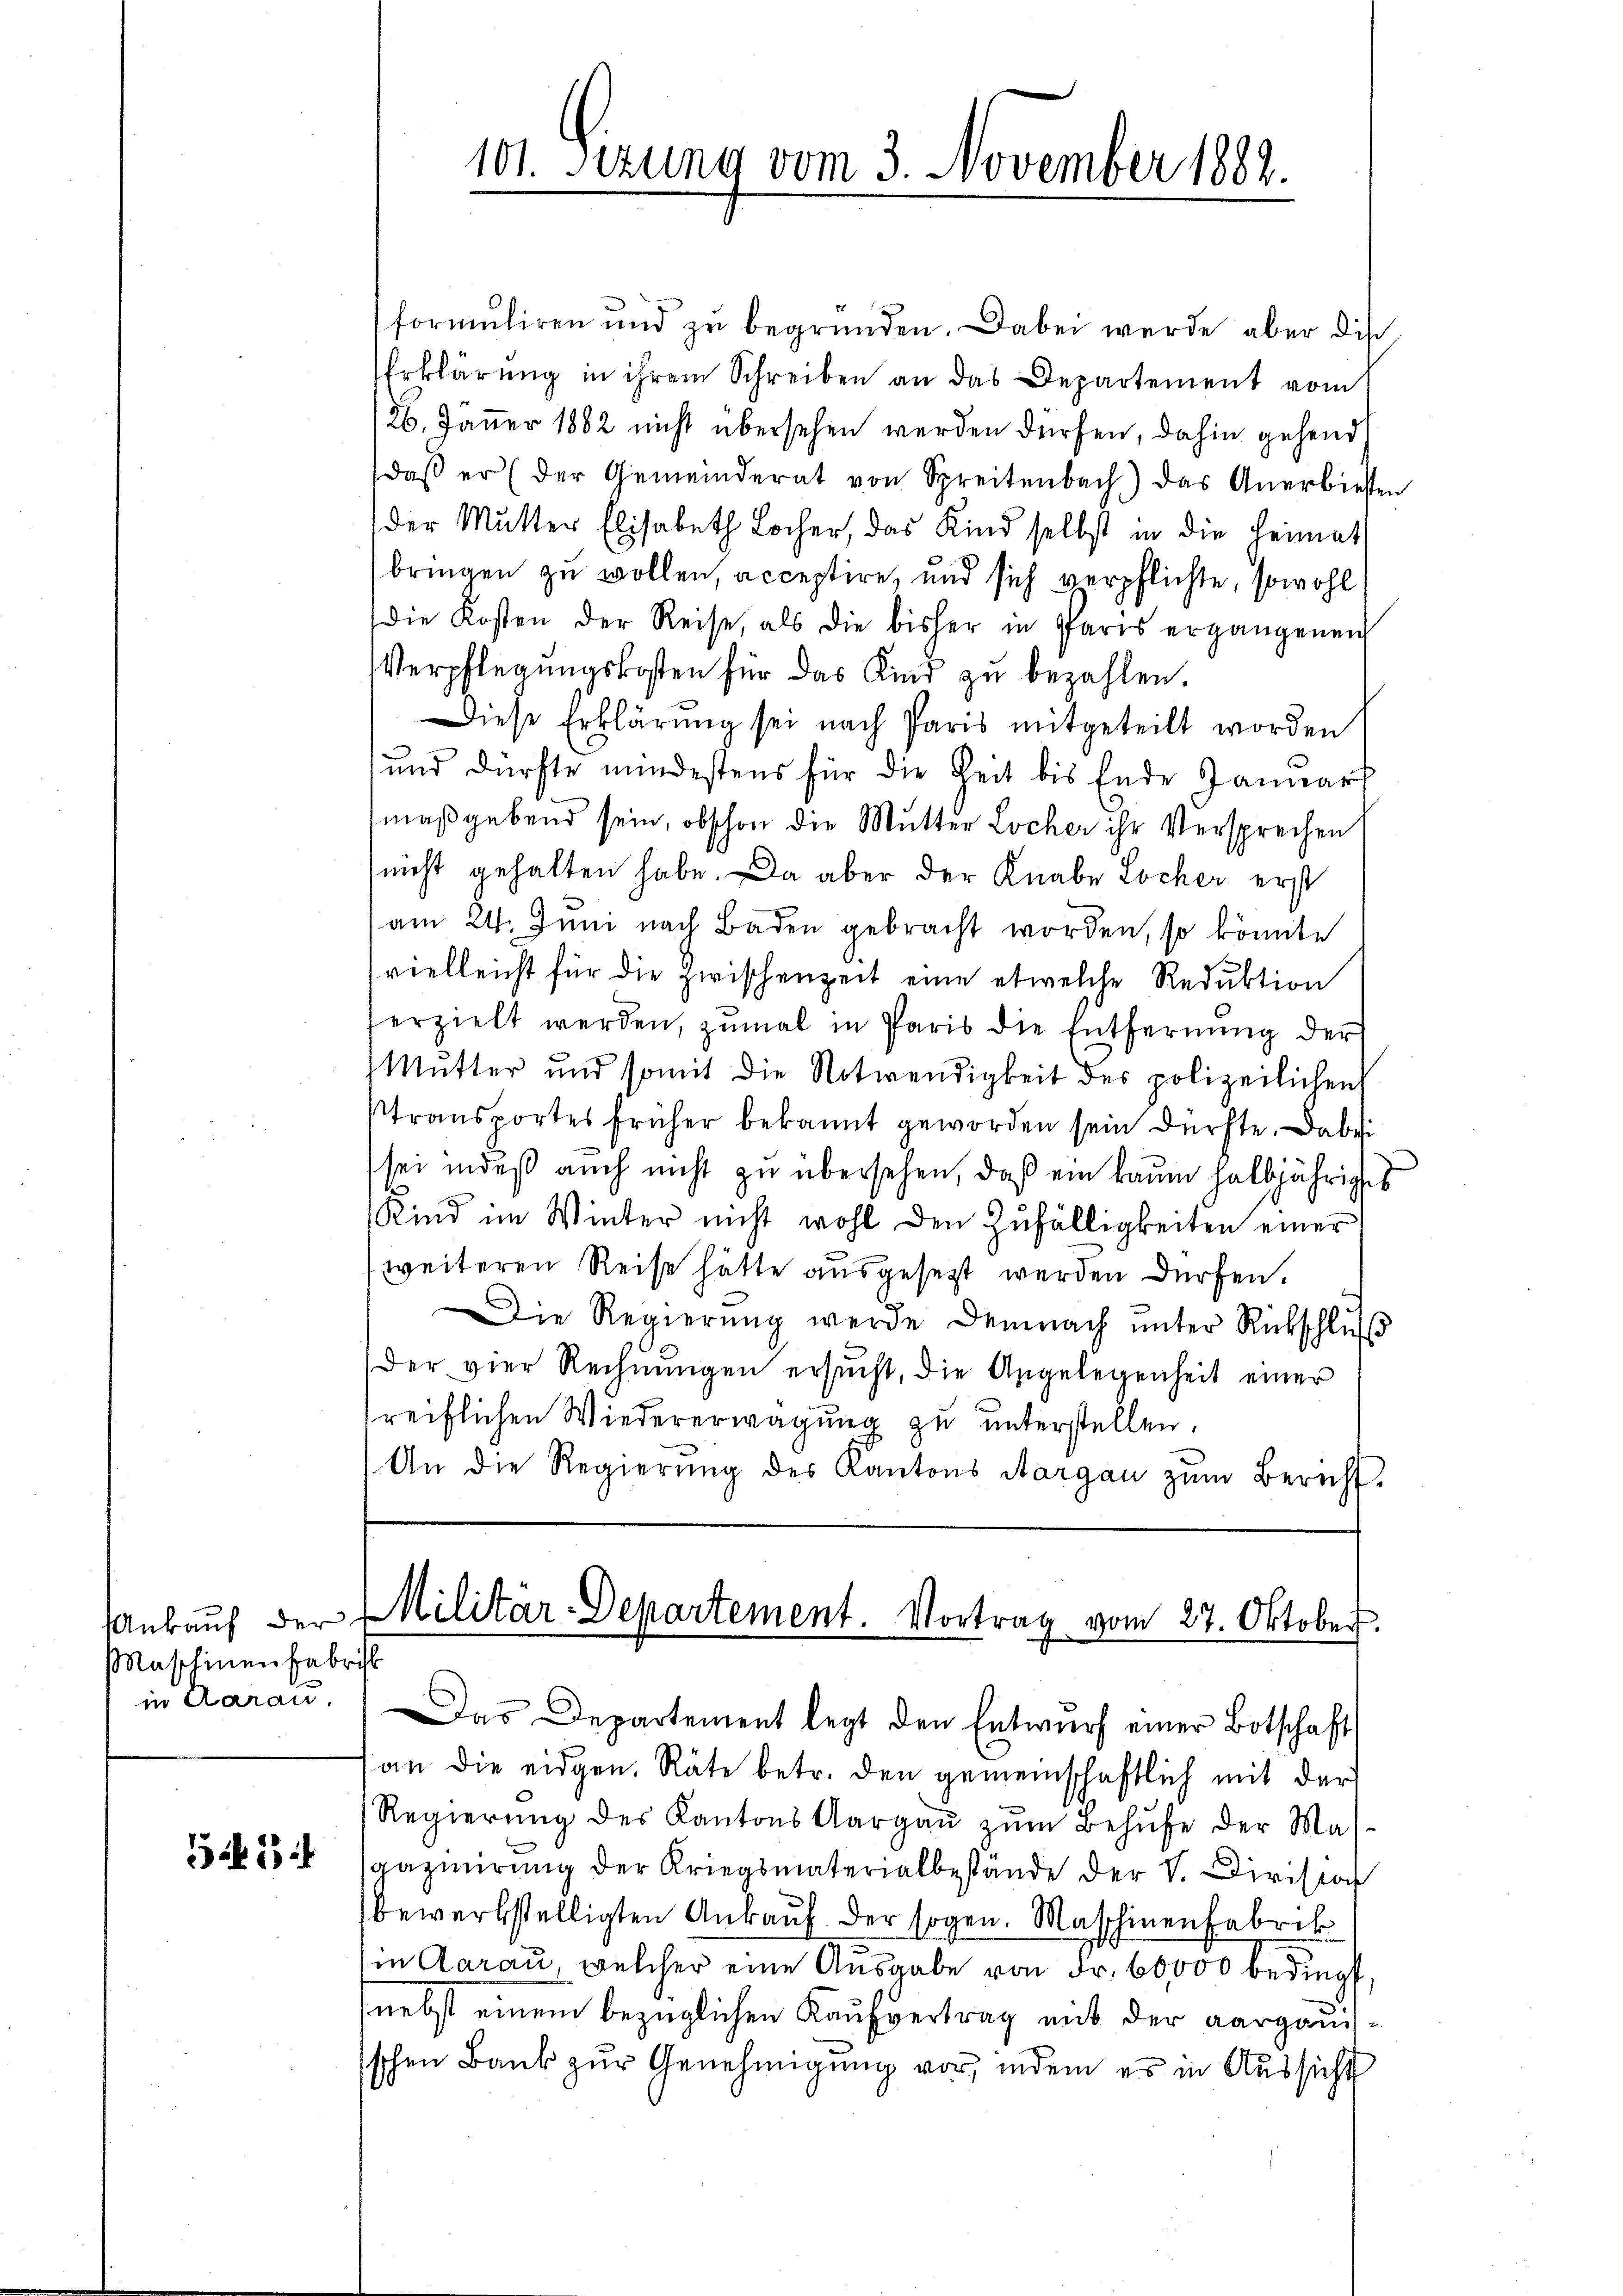
Maschinen Fabrik
in Aarau,

514

101. Sizung vom 3. November 1883.

formuliren und zu begründen. Dabei werde aber die
Erklärung in ihrem Schreiben an das Departement vom
126. Jänner 1882 nicht übersehen werden dürfen, dahin gehend
daβ er (der Gemeinderat von Spreitenbach) das Anerbiessen
der Mutter Elisabeth Locher, das Kind selbst in die Heimat
bringen zu wollen, acceptire, und sich verpflichte, sowohl
die Kosten der Reise, als die bisher in Paris ergangenen
Verpflegungskosten für das Kind zu bezahlen.
Diese Erklärung sei nach Paris mitgeteilt worden
und dürfte mindestens für die Zeit bis Ende Januar
maßgebend sein, obschon die Mutter Locher ihr Versprechen
(nicht gehalten habe. Da aber der Knabe Locher erst
am 24. Juni nach Baden gebracht worden, so könnte
vielleicht für die Zwischenzeit eine etwelche Reduktion
serzielt werden, zumal in Paris die Entfernung der
Mutter und somit die Notwendigkeit des polizeilichen
Stransportes früher bekannt geworden sein dürfte. Dabei
sei indeß auch nicht zu übersehen, daß ein kaum halbjähriges
4
Kind im Winter nicht wohl den Zufälligkeiten einer
weiteren Reise hätte ausgesetzt werden dürfen.
Die Regierŭng werde demnach ŭnter Rückschluß
Der vier Rechnŭngen ersŭcht, die Angelegenheit einer
reiflichen Wiedererwägung zu unterstellen.
An die Regierŭng des Kantons Aargau zŭm Bericht.

Ankaŭf der Militär-Departement. Vortrag vom 27. Oktober.

Das Departement legt den Entwŭrf einer Botschaft
an die eidgen. Räte betr. den gemeinschaftlich mit der
Regierŭng des Kantons Aargaŭ zŭm Behŭfe der Mas-
gazinirung der Kriegsmaterialbestände der V. Division
bewerkstelligten Ankaŭf der sogen. Maschinenfabrik
in Aarau, welcher eine Ausgabe von Fr. 60,000 bedingt,
(nebst einem bezüglichen Kaufvertrag mit der aargauisschen Bank zur Genehmigung vor, indem es in Aussicht